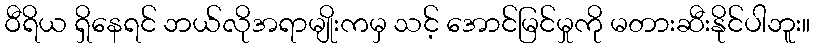
ဝီရိယ ရှိနေရင် ဘယ်လိုအရာမျိုးကမှ သင့် အောင်မြင်မှုကို မတားဆီးနိုင်ပါဘူး။